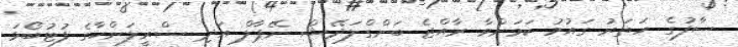
ސާފުގެ ހަތަރު ގައުމު ކަމަށްވާ ރާއްޖެ ބަންގްލަދޭޝް ނޭޕާލް އަދި ސްރީލަންކާގެ ފުޓުބޯޅަ